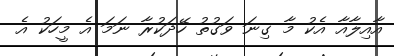
އާއިލާއާ އެކު މާ ގިނަ ވަގުތު ހޭދަކުރާ ނަމަ އެ މީހަކު އެ